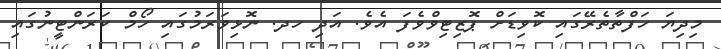
މިދިޔަ ހަފްތާތެރޭގައި ކޮވިޑަށް ޕޮޒިޓިވްވެފަ އެވެ. އަދި ހދ. ނޮޅިވަރަމުގައި ހޯމް ކަރަންޓީނުގައި